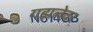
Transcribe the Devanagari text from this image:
गझलेवर